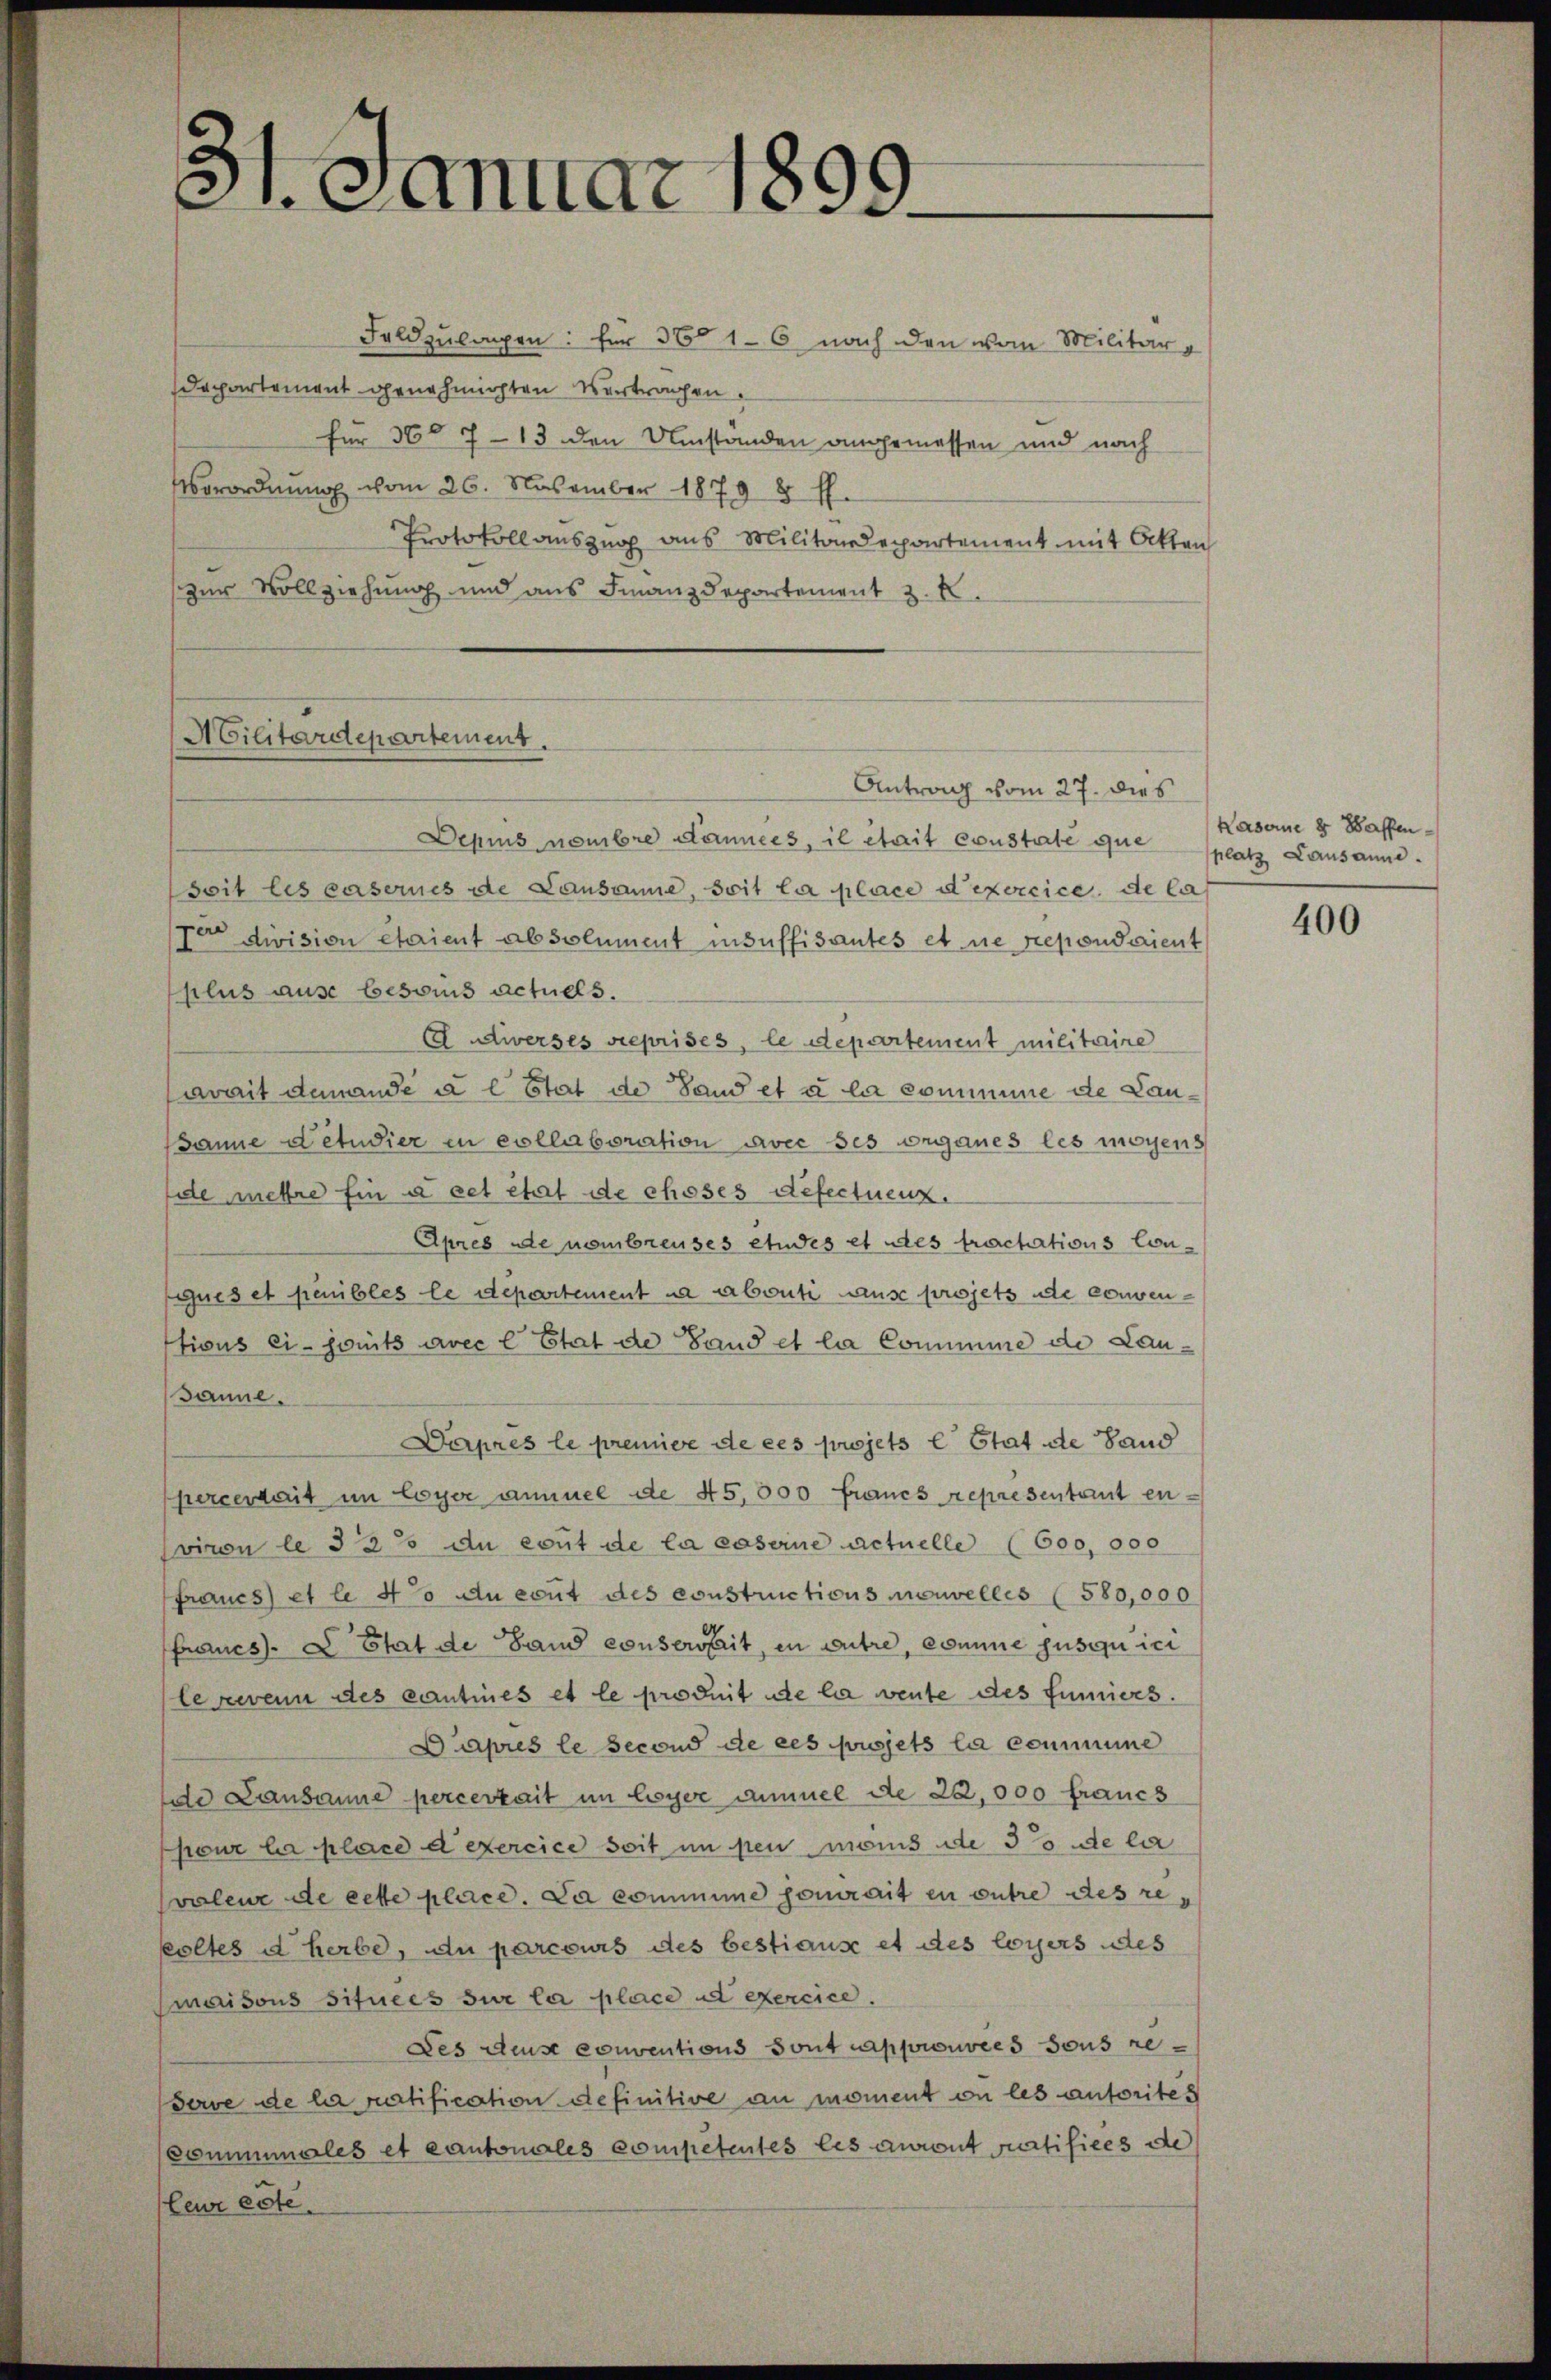
31. Januar 1809.

Feldzulagen: für 3661-6 nach den von Militär-
Departement genehmigten Vertragen.
für 360 7-13 den Umständen angemessen und nach
Verordnung vom 26. November 1879 8 f.
Protokoll auszug aus Militärdepartement mit Otten
zur Vollziehung und aus Finanzdepartement z. B.

Militärdepartement.

Depius nombre dances, il était coustate que
seit les casernes de Lausanne, soit la place d’exercice de las
Ver division étaient absolument insuffisantes et ne repondaient
plus ause besoris actuels.
A niverses reprises, le departement militaire
avait demande u l. Stat de Sand et à la somimme de Lau¬
Janne détudier in collaboration avec ses organes les mögens
ide mehre Ein à cet état de choses Gefectuenz
Apres de nombreuses etudes et des tractations Conques et penibles le departement da abouti ause projets de conventivus ei - jouits avec l Etat de Land et la Conmme de Lau¬
Banne.
Derprès le premise de ces projets l Stat de Land
percertait im loyer ammel de 45,000 francs representant en
vinon le 33 du cent de la caseine actuelle (600,000
francs et le 4to du cout des constructions mouvelles (580,000
Francs L Etat de Land conserait, in autre, commine jusquici
lerwenn des cantines et le produit de la vente des fumiers.
Daprès le second de ces sujets la commune
de Lausanne percerkait im loyer ammel de 22,000 francs
pour la place d’exercice soit in den mens de 30 de la
valeur de cette place. La commune serait en outre des resoltes d herbe, du parcours des bestiaus et des loyers des
maisons situées sur la place ad exercice.
Des des conventions Sont approuvées sous re¬
Serve de la ratification definitive an moment on les autorite
dominales et cantonales competentes les auront curtifices de
leur erte.

Antrag vom 27. dies

Kaserne 2 Waffen
platz Lausanne.

400